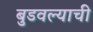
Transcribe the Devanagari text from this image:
बुडवल्याची